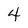
Character: 4